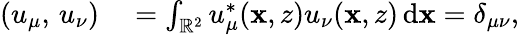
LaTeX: \begin{array}{rl}{\left(u_{\mu},\, u_{\nu}\right)}&{{}=\int_{\mathbb{R}^{2}}u_{\mu}^{*}(\mathbf{x},z)u_{\nu}(\mathbf{x},z)\, \mathrm{d}\mathbf{x}=\delta_{\mu\nu},}\end{array}